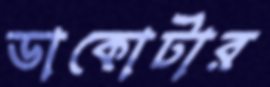
ডাকোটার